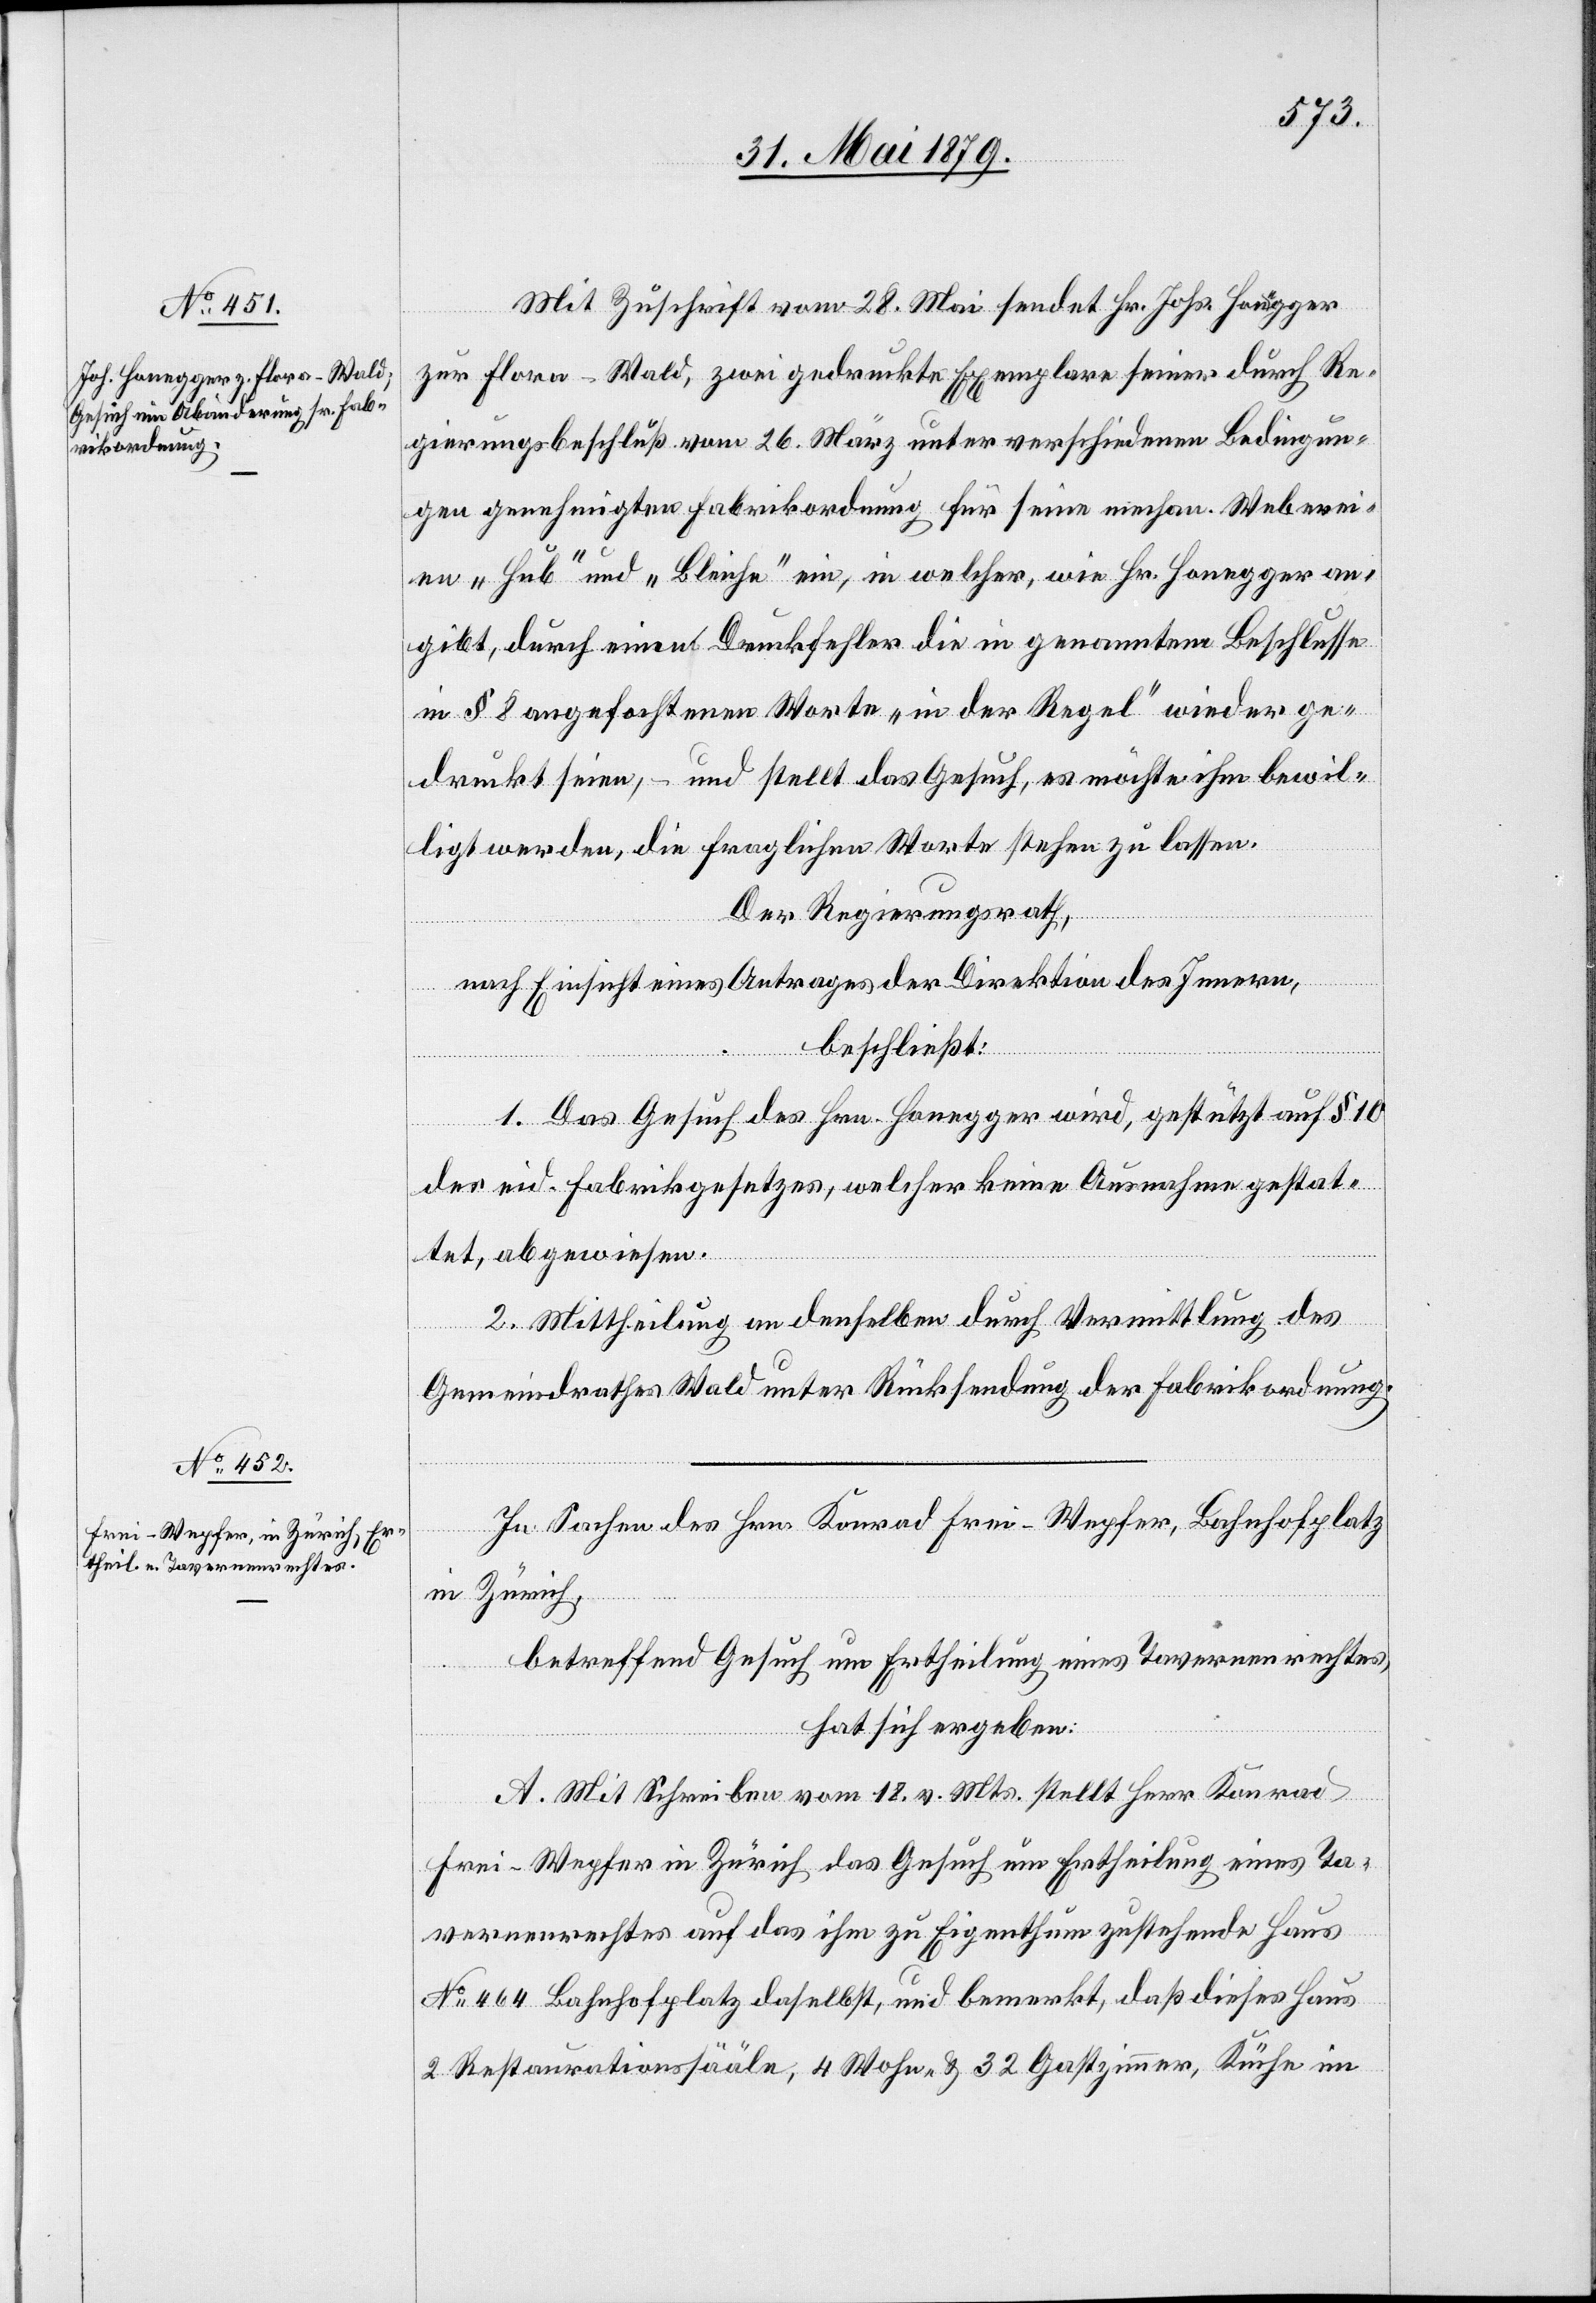
Mit Zuschrift vom 28. Mai sendet Hr. Johs. Honegger
zur Flora - Wald, zwei gedruckte Exemplare seiner durch Re¬
gierungsbeschluß vom 26. März unter verschiedenen Bedingun¬
gen genehmigten Fabrikordnung für seine mechan. Weberei¬
en „Hub“ und „Bleiche“ ein, in welcher, wie Hr. Honegger an¬
gibt, durch einen Druckfehler die in genanntem Beschlusse
in § 8 angefochtenen Worte „in der Regel“ wieder ge¬
druckt seien, – und stellt das Gesuch, es möchte ihm bewil¬
ligt werden, die fraglichen Worte stehen zu lassen.
Der Regierungsrath,
nach Einsicht eines Antrages der Direktion des Innern,
beschließt:
1. Das Gesuch des Hrn. Honegger wird, gestützt auf § 10
des eid. Fabrikgesetzes, welcher keine Ausnahme gestat¬
tet, abgewiesen.
2. Mittheilung an denselben durch Vermittlung des
Gemeindrathes Wald unter Rücksendung der Fabrikordnung.
In Sachen des Hrn. Konrad Frei-Wepfer, Bahnhofplatz
in Zürich,
betreffend Gesuch um Ertheilung eines Tavernenrechtes,
hat sich ergeben:
A. Mit Schreiben vom 18. v. Mts. stellt Herr Konrad
Frei-Wepfer in Zürich das Gesuch um Ertheilung eines Ta¬
vernenrechtes auf das ihm zu Eigenthum zustehende Haus
No 464 Bahnhofplatz daselbst, und bemerkt, daß dieses Haus
2 Restaurationssääle, 4 Wohn- & 32 Gastzimmer, Küche im